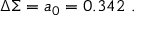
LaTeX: \Delta \Sigma = a _ { 0 } = 0 . 3 4 2 ~ .